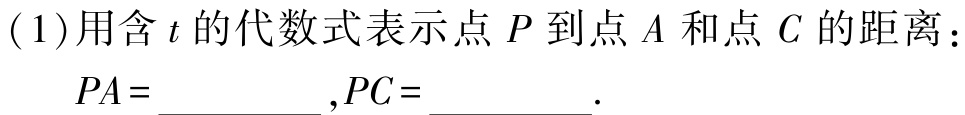
(1)用含\(t\)的代数式表示点\(P\)到点\(A\)和点\(C\)的距离：

\(PA = \_\_\_\_\_\_,PC = \_\_\_\_\_\_.\)